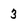
Character: 3